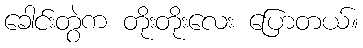
ခေါင်းတွဲက တိုးတိုးလေး ပြောတယ်။